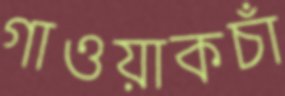
গাওয়াকচাঁ